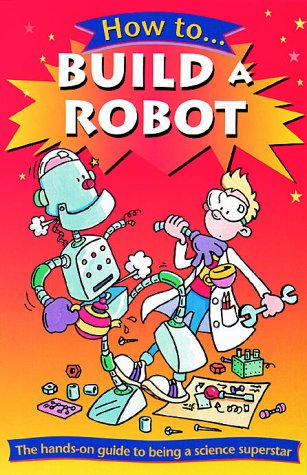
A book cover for How to Build a Robot; Clive Gifford; Children's Books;